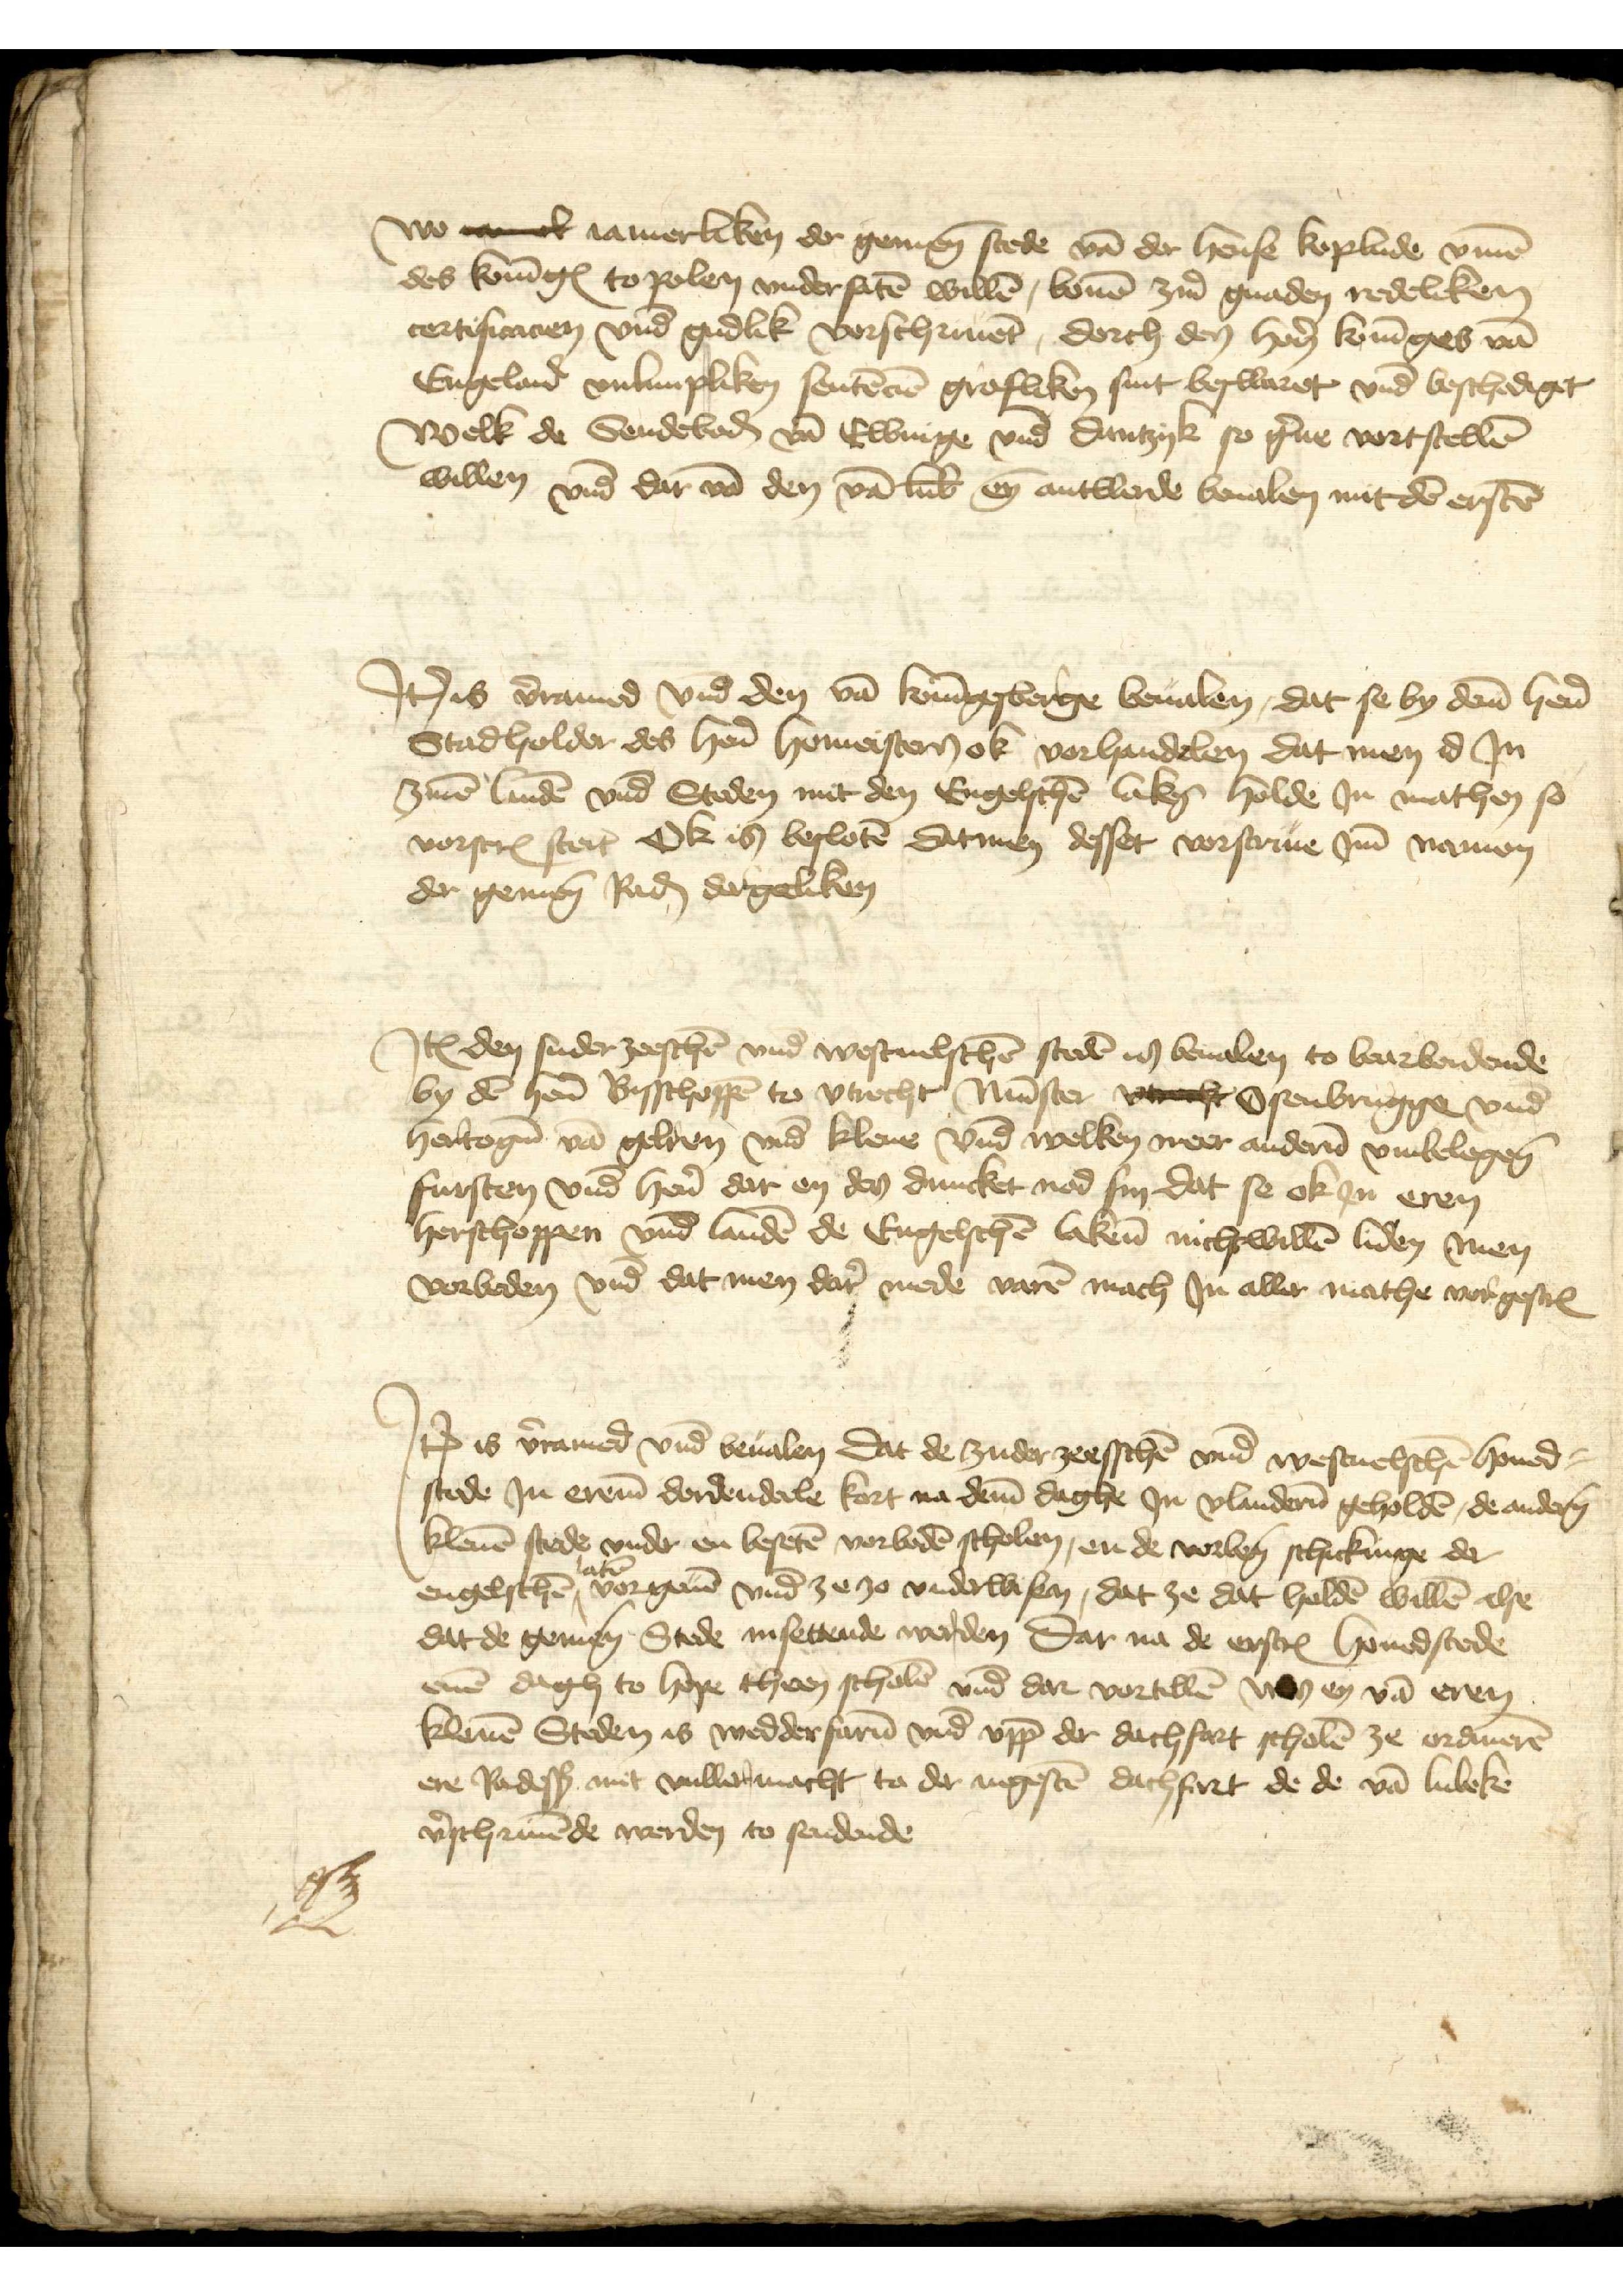
wo erck iamerliken der gemenen stede van der hense koplude vmme
des koninges to Polen vndersaten willen, bouen ziner gnaden redeliken
certificatien vnd gudlik vorschriuent, dorch den heren koninges van
Engeland vnlimpliken sentencien grosliken sint beswaret vnd beschediget
Welk de Sendeboden van Elbinge vnd Dantzyk so gerne vortstellen
willen vnd dar van den van Lubeke eyn antwerde beualen mit den ersten

Jtem is vorramed vnd den van Koningesberge beualen, dat se by deme heren
Stadholder des heren homeisters ok vorhandelen dat men id Jn
zinen landen vnd Steden mit den Engelschen laken holde Jn mathen so
vorscreuen steit Ok is besloten datmen desser vorscriuen Jme namen
der gemenen Raden dargeliken

Jtem den suderzeeschen vnd Westuelschen steden in beualen to bearbeidende
by den heren Bisschoppen to Vrtrecht Munster vreft Osenbrugge vnd
hertogen van Gelren vnd Kleue vnd welken meer anderen vmbelegenen
fursten vnd heren dar en des duncket nod sin dat se ok Jn eren
herschoppen vnd landen de Engelschen lakene nichtwillen liden men
vorbeden vnd dat men dar mede varen mach Jn aller mathe vorgescreuen

Jtem is vorramed vnd beualen dat de zuder zeesschen vnd Westuelschen houed¬
stede Jn ereme dordendeele kort na deme daghe Jn Vlanderen geholden, de anderen
klenen stede vnder en beseten vorboden scholen, en de vorbenomeden schickinge der
laken
engelschen ^ vorgeuen vnd ze zo vnderwisen, dat ze dat holden willen alse
dat de gemenen Stede insettende werden dar na de erscreuen houedstede
enen dagh to hope theen scholen vnd dar vortellen wes en van eren
klenen Steden is wedderfaren vnd vpp der dachfart scholen ze ordineren
ere Radessendeboden mit vullermacht to der negesten dachfart de de van Lubeke
verschriuende werden to sendende